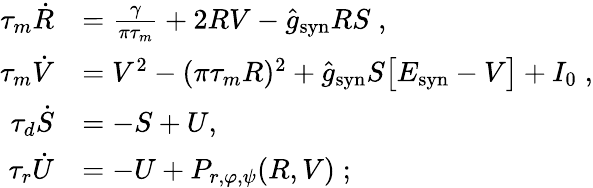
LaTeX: \begin{array}{rl}{\tau_{m}\dot{R}}&{=\frac{\gamma}{\pi\tau_{m}}+2RV-\hat{g}_{\mathrm{syn}}RS\; ,}\\ {\tau_{m}\dot{V}}&{=V^{2}-(\pi\tau_{m}R)^{2}+\hat{g}_{\mathrm{syn}}S\big[E_{\mathrm{syn}}-V\big]+I_{0}\; ,}\\ {\tau_{d}\dot{S}}&{=-S+U,\; }\\ {\tau_{r}\dot{U}}&{=-U+P_{r,\varphi,\psi}(R,V)\; ;}\end{array}